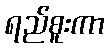
ရည်စူးကာ